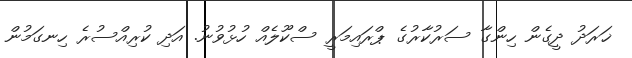
ޚަރަދު ދީގެން ހިންގާ ސަރުކާރުގެ ޕްރައިމަރީ ސްކޫލެއް ހުޅުވުނު. އަދި ކުރިއްސުރެ ހިނގަމުން